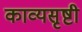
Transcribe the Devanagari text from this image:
काव्यसृष्टी